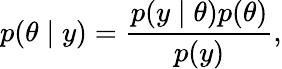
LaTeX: p(\theta\mid y)=\frac{p(y\mid\theta)p(\theta)}{p(y)},